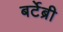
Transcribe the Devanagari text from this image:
बर्टेब्री